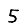
Digit: 5